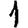
Digit: 1